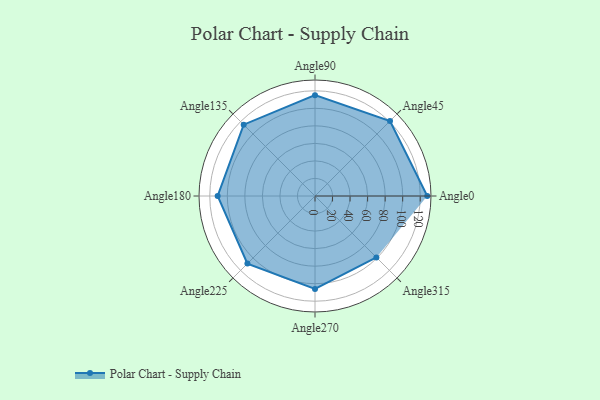
{"axis": {"x": "Angle", "y": "Radius"}, "legend": [""], "data": [{"x": "Angle0", "y": 128.0, "type": ""}, {"x": "Angle45", "y": 121.0, "type": ""}, {"x": "Angle90", "y": 115.0, "type": ""}, {"x": "Angle135", "y": 115.0, "type": ""}, {"x": "Angle180", "y": 111.0, "type": ""}, {"x": "Angle225", "y": 109.0, "type": ""}, {"x": "Angle270", "y": 106.0, "type": ""}, {"x": "Angle315", "y": 99.0, "type": ""}]}